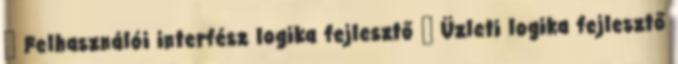
 Felhasználói interfész logika fejlesztő  Üzleti logika fejlesztő